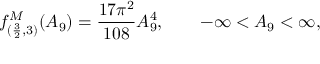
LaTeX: f _ { ( \frac { 3 } { 2 } , 3 ) } ^ { M } ( A _ { 9 } ) = \frac { 1 7 \pi ^ { 2 } } { 1 0 8 } A _ { 9 } ^ { 4 } , \qquad - \infty < A _ { 9 } < \infty ,